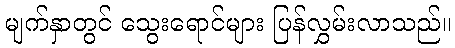
မျက်နှာတွင် သွေးရောင်များ ပြန်လွှမ်းလာသည်။